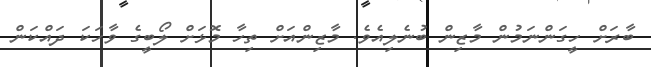
ބާރަށް ހީގަންނަމުން މާޒިން ބުނެލިއެވެ. މާޒިންއަށް ތިހާ މޮޅަށް ލޯބީގެ ވާހަކަ ދައްކަން